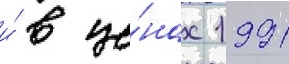
и́ в це́нах 1991